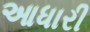
આધારી